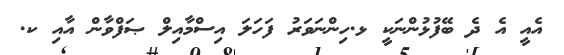
އެެއީ އެ ދެ ބޭފުޅުންނަކީ ޅ.ހިންނަވަރު ފަހަލަ އިސްމާއިލް ޞަފްވާން އާއި ކ.